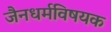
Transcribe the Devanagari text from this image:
जैनधर्मविषयक